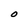
Character: O